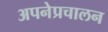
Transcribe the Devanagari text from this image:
अपनेप्रचालन